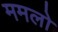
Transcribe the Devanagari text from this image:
ममलो